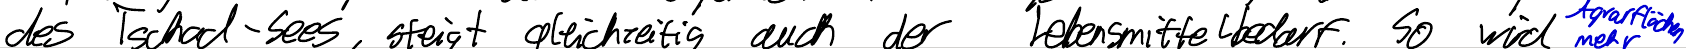
des Tschad-Sees, steigt gleichzeitig auch der Lebensmittelbedarf. So wird